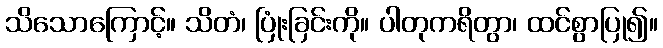
သိသောကြောင့်။ သိတံ၊ ပြုံးခြင်းကို။ ပါတုကရိတွာ၊ ထင်စွာပြု၍။